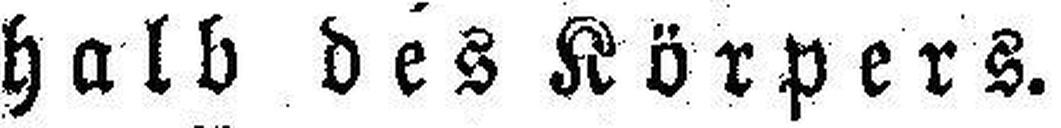
halb des Körpers.